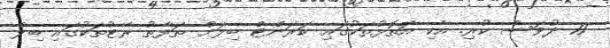
11 ދުވަސް ކުރި. އެކި އަތޮޅުތަކުގައި ކަރަންޓް ބިލަށް ތަފާތު ރޭޓުތަކުގައި ބިލް